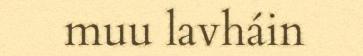
muu lavháin